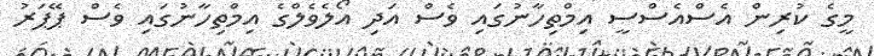
މީގެ ކުރިން އެސްއެސްސީ އިމްތިހާނުގައި ވެސް އަދި އޯލެވެލްގެ އިމްތިހާނުގައި ވެސް ޕޭޕަރު